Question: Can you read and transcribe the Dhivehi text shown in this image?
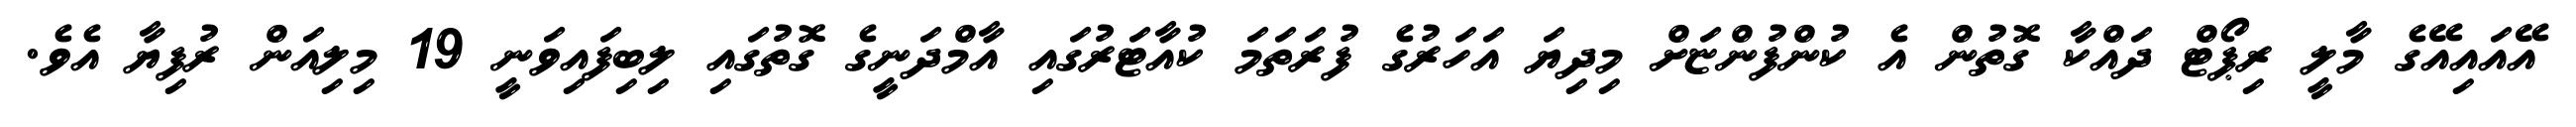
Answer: އޭއައިއޭގެ މާލީ ރިޕޯޓް ދައްކާ ގޮތުން އެ ކުންފުންޏަށް މިދިޔަ އަހަރުގެ ފުރަތަމަ ކުއާޓަރުގައި އާމްދަނީގެ ގޮތުގައި ލިބިފައިވަނީ 19 މިލިއަން ރުފިޔާ އެވެ.